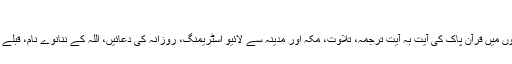
دیگر روایتی فیچرز
ایپ کے دیگر روایتی فیچرز میں 50 سے زائد زبانوں میں قرآن پاک کی آیت بہ آیت ترجمہ، تلاوت، مکہ اور مدینہ سے لائیو اسٹریمنگ، روزانہ کی دعائیں، اللہ کے ننانوے نام، قبلے کی سمت کا تعین اور زکوة کیلکولیٹر بھی شامل ہیں۔